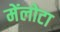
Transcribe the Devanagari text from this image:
मेंलोटा